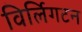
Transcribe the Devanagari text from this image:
विर्लिगटन